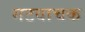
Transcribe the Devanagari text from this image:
गटवाचक